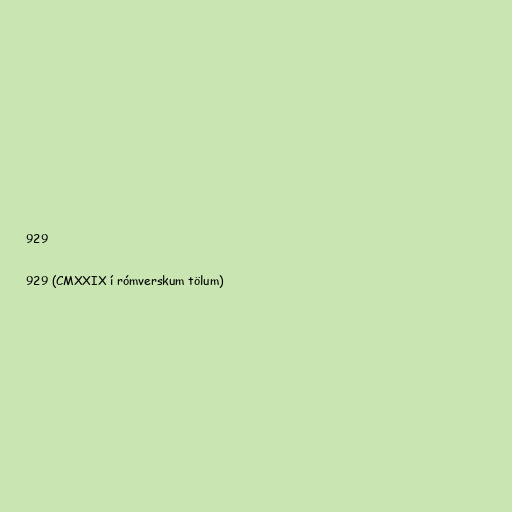
929

929 (CMXXIX í rómverskum tölum)